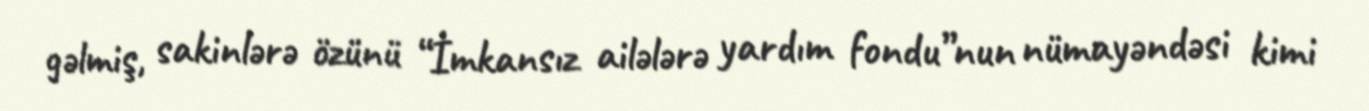
gəlmiş, sakinlərə özünü “İmkansız ailələrə yardım fondu”nun nümayəndəsi kimi